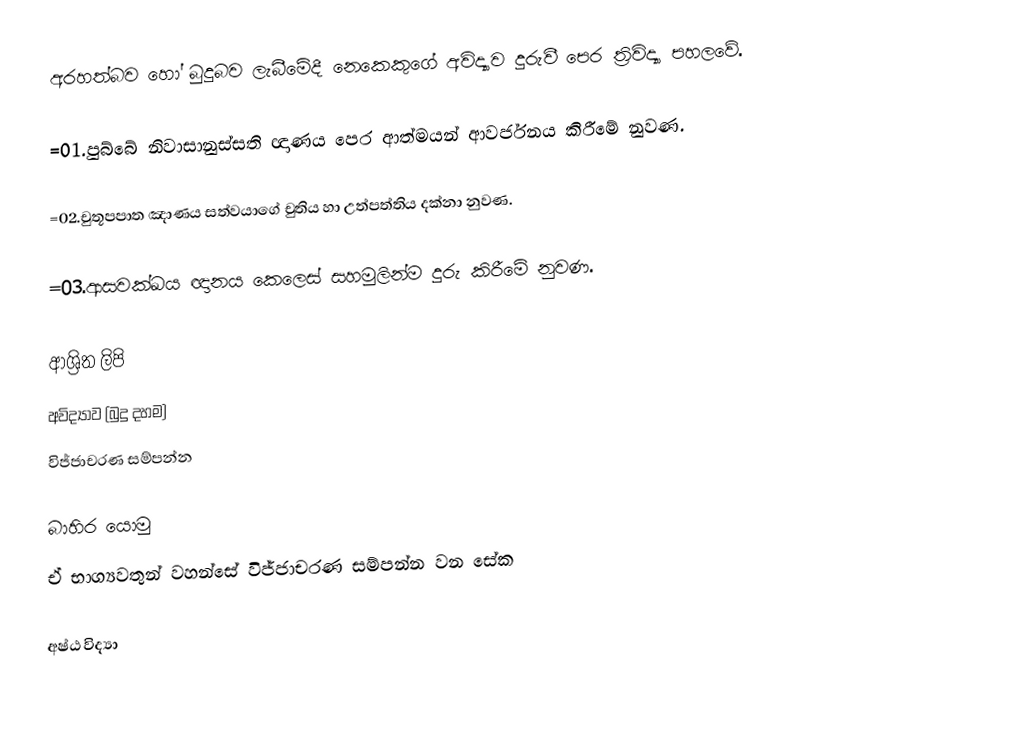
අරහත්බව හෝ බුදුබව ලැබීමේදී නෙකෙකුගේ අවිද්‍යාව දුරුවී පෙර ත්‍රිවිද්‍යා පහලවේ.

=01.පුබ්බේ නිවාසානුස්සති ඥාණය පෙර ආත්මයන් ආවර්ජනය කිරීමේ නුවණ.

=02.චුතූපපාත ඤාණය සත්වයාගේ චුතිය හා උත්පත්තිය දක්නා නුවණ.

=03.ආසවක්ඛය ඥානය කෙලෙස් සහමුලින්ම දුරු කිරීමේ නුවණ.

ආශ්‍රිත ලිපි
 අවිද්‍යාව (බුදු දහම)
 විජ්ජාචරණ සම්පන්න

බාහිර යොමු
 ඒ භාග්‍යවතුන් වහන්සේ විජ්ජාචරණ සම්පන්න වන සේක

අෂ්ඨ විද්‍යා